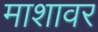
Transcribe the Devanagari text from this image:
माशावर